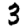
Digit: 3